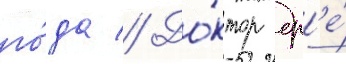
го́да // До́ктор др'е́